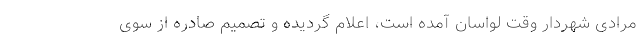
مرادی شهردار وقت لواسان آمده است، اعلام گردیده و تصمیم صادره از سوی